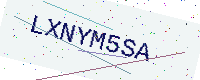
Text: LXNYM5SA